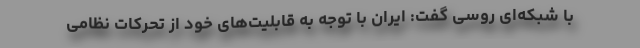
با شبکه‌ای روسی گفت: ایران با توجه به قابلیت‌های خود از تحرکات نظامی